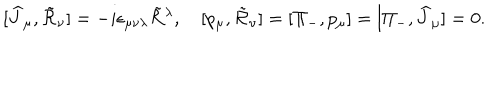
LaTeX: [ \widehat { J } _ { \mu } , \tilde { \cal R } _ { \nu } ] = - i \epsilon _ { \mu \nu \lambda } \tilde { \cal R } { } ^ { \lambda } , \quad [ p _ { \mu } , \tilde { \cal R } _ { \nu } ] = [ \Pi _ { - } , p _ { \mu } ] = [ \Pi _ { - } , \widehat { J } _ { \mu } ] = 0 .